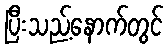
ပြီးသည့်နောက်တွင်